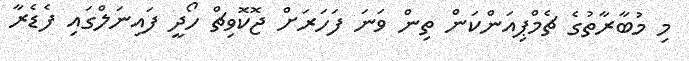
މި މުބާރާތުގެ ޗެމްޕިއަންކަން ތިން ވަނަ ފަހަރަށް ޖޮކޮވިޗް ހޯދީ ފައިނަލްގައި ފެޑެރާ